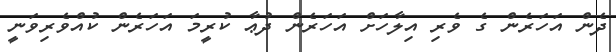
ދެން އަހަރެން ގެ ވެރި އިލާހަށް އަހަރެން ދުޢާ ކުރީމަ އަހަރެން ކުއްވެރިވަނީ